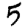
Digit: 5